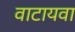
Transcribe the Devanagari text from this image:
वाटायवा